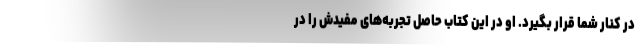
در کنار شما قرار بگیرد. او در این کتاب حاصل تجربه‌های مفیدش را در